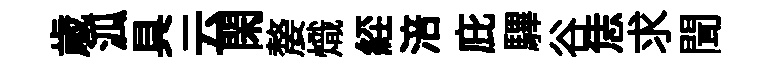
歳泒具云閑嫠熾𦀇涪庇驆谷恁求聞